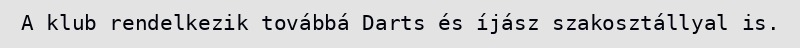
A klub rendelkezik továbbá Darts és íjász szakosztállyal is.